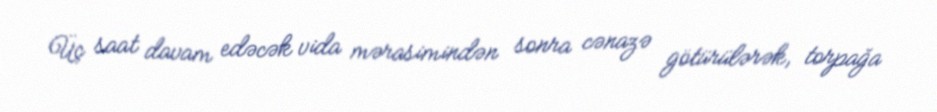
Üç saat davam edəcək vida mərasimindən sonra cənazə götürülərək, torpağa